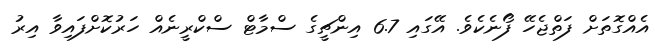
އެއްގޮތަށް ފަތްޖެހޭ ފޯނެކެވެ. އޭގައި 6.7 އިންޗީގެ ސްމާޓް ސްކްރީނެއް ހަރުކޮށްފައިވާ އިރު